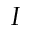
I